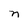
Character: n